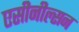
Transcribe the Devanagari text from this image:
एसीनील्सन